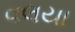
વલયા